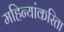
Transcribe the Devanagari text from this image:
महिन्यांकरिता